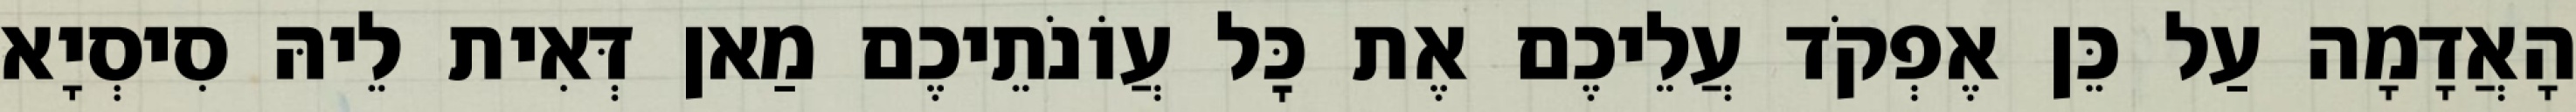
הָאֲדָמָה עַל כֵּן אֶפְקֹד עֲלֵיכֶם אֶת כׇּל עֲוֹנֹתֵיכֶם מַאן דְּאִית לֵיהּ סִיסְיָא